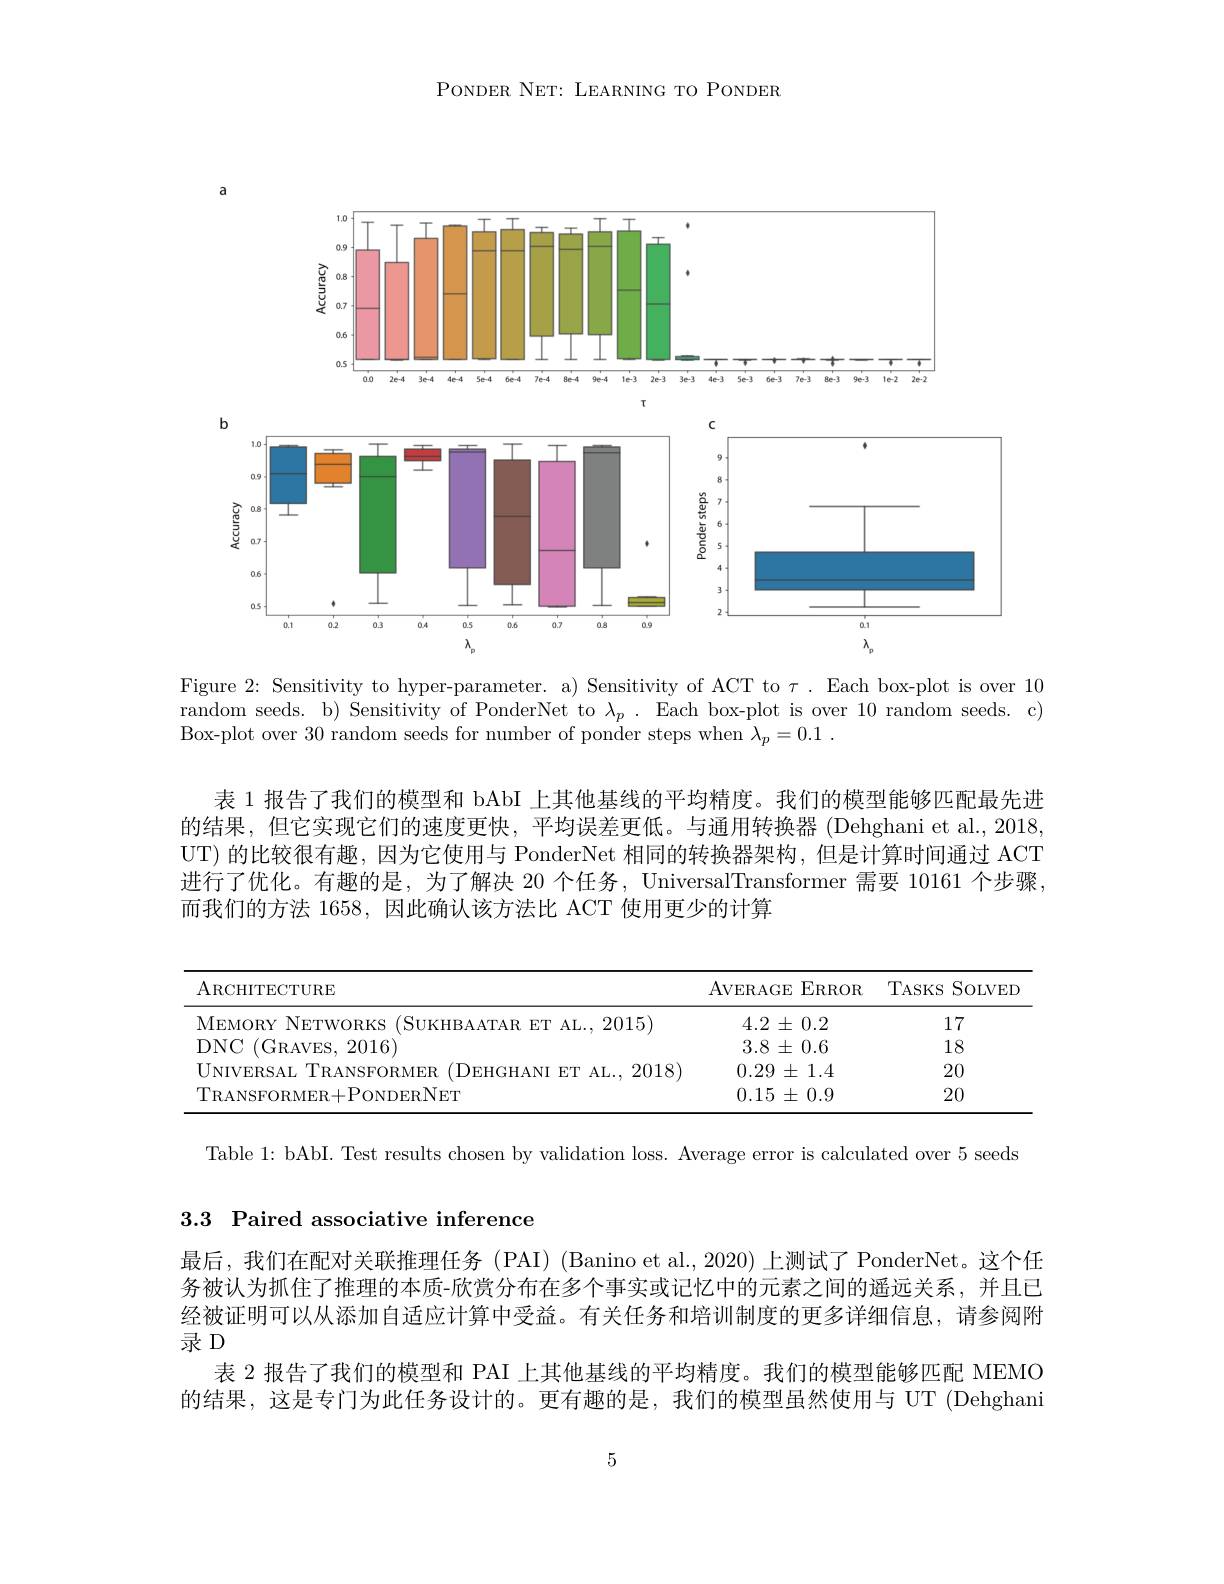
PONDER NET: LEARNING TO PONDER

<FigureHere>

Figure 2: Sensitivity to hyper-parameter. a) Sensitivity of ACT to $\tau.$ Each box-plot is over 10 random seeds. b) Sensitivity of PonderNet to $\lambda_p.$ Each box-plot is over 10 random seeds. c) Box-plot over 30 random seeds for number of ponder steps when $\lambda _p= 0. 1$ .

表 1 报告了我们的模型和 bAbI 上其他基线的平均精度。我们的模型能够匹配最先进的结果，但它实现它们的速度更快，平均误差更低。与通用转换器(Dehghani et al., 2018, UT) 的比较很有趣，因为它使用与 PonderNet 相同的转换器架构，但是计算时间通过 ACT 进行了优化。有趣的是，为了解决 20 个任务，UniversalTransformer 需要 10161 个步骤， 而我们的方法 1658,因此确认该方法比 ACT 使用更少的计算

<table>
	<tbody>
		<tr>
			<th>ARCHITECTURE</th>
			<th>AVERAGE $\operatorname{ERROR}$</th>
			<th>$TASKS$ SOLVED</th>
		</tr>
		<tr>
			<td>VlEMOR $RK$ $S$ $F_{i}$ 2015</td>
			<td>$4.2\pm0.2$</td>
			<td>17</td>
		</tr>
		<tr>
			<td>DNG (GRAVFS , 2016)</td>
			<td>$3.8\pm0.6$</td>
			<td>18</td>
		</tr>
		<tr>
			<td>$\%2018$ MVERSAT $\Upsilon ORMPR$ $DEHCH\Delta N$ $FHT$ $\Delta T.$</td>
			<td>$0.29\pm1.4$</td>
			<td>20</td>
		</tr>
		<tr>
			<td>NDERNET</td>
			<td>$0.15\pm0.9$</td>
			<td>20</td>
		</tr>
	</tbody>
</table>

Table 1: bAbI. Test results chosen by validation loss. Average error is calculated over 5 seeds

## 3.3 Paired associative inference

最后，我们在配对关联推理任务(PAI) (Banino et al., 2020) 上测试了 PonderNet。这个任务被认为抓住了推理的本质-欣赏分布在多个事实或记忆中的元素之间的遥远关系，并且已经被证明可以从添加自适应计算中受益。有关任务和培训制度的更多详细信息，请参阅附录 D
表 2 报告了我们的模型和 PAI 上其他基线的平均精度。我们的模型能够匹配 MEMO 的结果，这是专门为此任务设计的。更有趣的是，我们的模型虽然使用与 UT (Dehghani

5